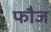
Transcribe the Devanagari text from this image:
फाैज